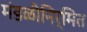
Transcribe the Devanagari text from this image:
मंडळीनिर्मित